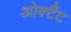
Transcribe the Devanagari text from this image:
ओक्टैंट